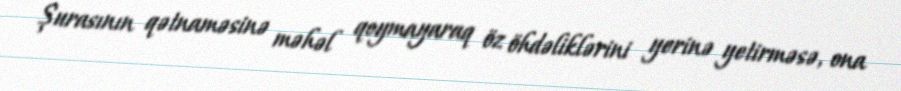
Şurasının qətnaməsinə məhəl qoymayaraq öz öhdəliklərini yerinə yetirməsə, ona